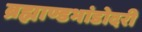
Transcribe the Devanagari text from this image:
ब्रह्माण्डभांडोदरी